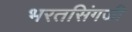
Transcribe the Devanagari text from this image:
भरतसिंगजी